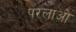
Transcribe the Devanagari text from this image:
परलाओ